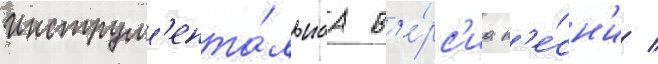
инструм'ента́льнаа в'е́рс'иа п'е́сн'и /